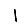
Digit: 1